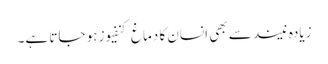
زیادہ نیند سے بھی انسان کا دماغ کنفیوز ہو جاتا ہے۔